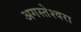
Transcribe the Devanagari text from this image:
अगस्‍तेश्‍वरा